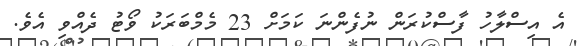
އެ އިސްލާހު ފާސްކުރަން ނުފެންނަ ކަމަށް 23 މެމްބަރަކު ވޯޓު ދެއްވި އެވެ.